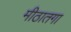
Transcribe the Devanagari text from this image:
मीठातगा